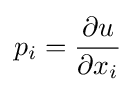
p_{i}={\frac {\partial u}{\partial x_{i}}}